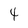
Character: 4